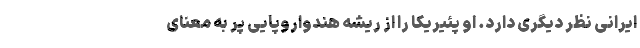
ایرانی نظر دیگری دارد. او پَئیریکا را از ریشه هندواروپایی پِر به معنای